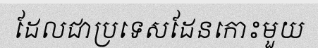
ដែលជាប្រទេសដែនកោះមួយ